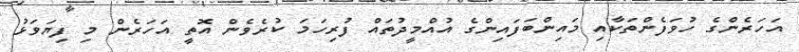
އަހަރެންގެ ހުވަފެންތަކާއި މައިންބަފައިންގެ އުއްމީދުތައް ފުރިހަމަ ކުރެވެން އޮތީ އަހަރެން މި ފިޔަވަޅު